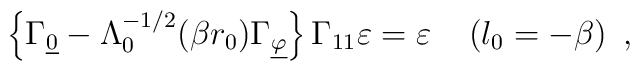
\left\{\Gamma_{\underline{0}} - \Lambda_0^{-1/2}  (\beta r_0)\Gamma_{\underline{\varphi}}\right\}  \Gamma_{11}\varepsilon=\varepsilon \quad \left(l_0 = -\beta\right) ~,